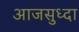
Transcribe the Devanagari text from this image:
आजसुध्दा